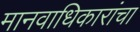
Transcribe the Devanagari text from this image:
मानवाधिकारांचा